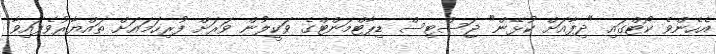
އެހެންވެ ކޯޓްގައި "ދިފާއަށް ކުޅޭން" ޖަސްޓިސް ޑިޕާޓްމަންޓްގެ ވަކީލުން ވަރަށް ފުރިހަމައަށް ތައްޔާރުވެފައިވާ